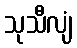
သုသီလျံ